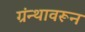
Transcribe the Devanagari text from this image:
ग्रंन्थावरून